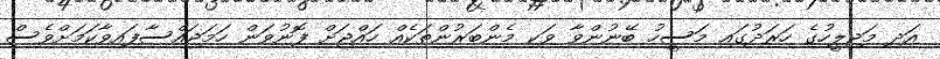
އަދި މަޖިލީހުގެ ހަރަދުގައި މަސީހު ބޭނުންވާ ވަކި މެންބަރުންތަކެއް ހައްޖަށް ފޮނުވަން ހަމަޖައްސާފައިވާކަމަށްވެސް